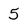
Character: 5